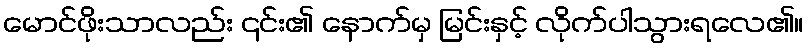
မောင်ဖိုးသာလည်း ၎င်း၏ နောက်မှ မြင်းနှင့် လိုက်ပါသွားရလေ၏။